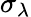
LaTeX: \sigma_{\lambda}